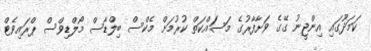
ކަމަދޫގައި އިންޖީނު ގޭގެ ވަށާފާރުގެ މަސައްކަތް ކުރުމަށް މެކްސް ބިލްޑާސް މޯލްޑިވްސް ޕްރައިވެޓް